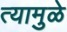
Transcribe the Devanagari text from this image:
त्यामुळे